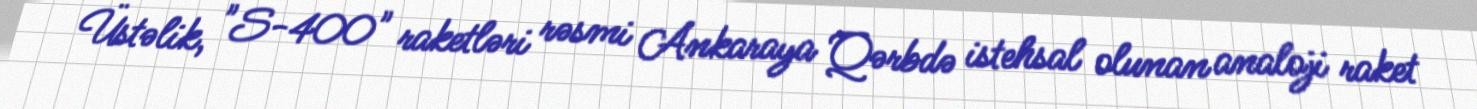
Üstəlik, "S-400" raketləri rəsmi Ankaraya Qərbdə istehsal olunan analoji raket